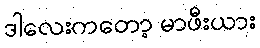
ဒါလေးကတော့ မာဖီးယား